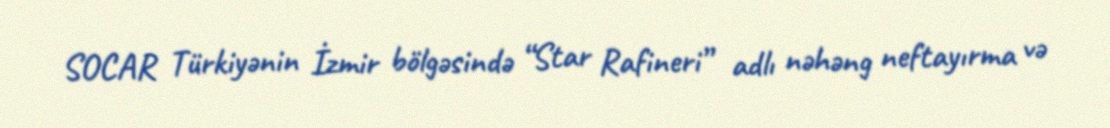
SOCAR Türkiyənin İzmir bölgəsində “Star Rafineri” adlı nəhəng neftayırma və